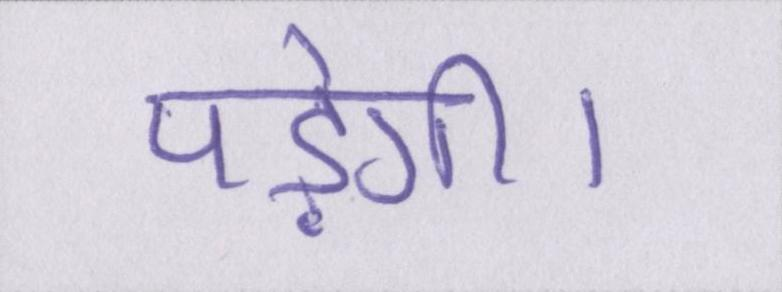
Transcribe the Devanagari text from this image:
पड़ेगी।